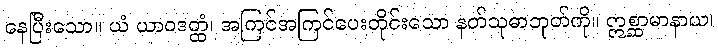
နေပြီးသော။ ယံ ယာဝဒတ္ထံ၊ အကြင်အကြင်ပေးတိုင်းသော နတ်သုဓာဘုတ်ကို။ ဣစ္ဆာမာနာယ၊